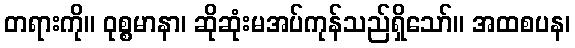
တရားကို။ ဝုစ္စမာနာ၊ ဆိုဆုံးမအပ်ကုန်သည်ရှိသော်။ အထစပန၊